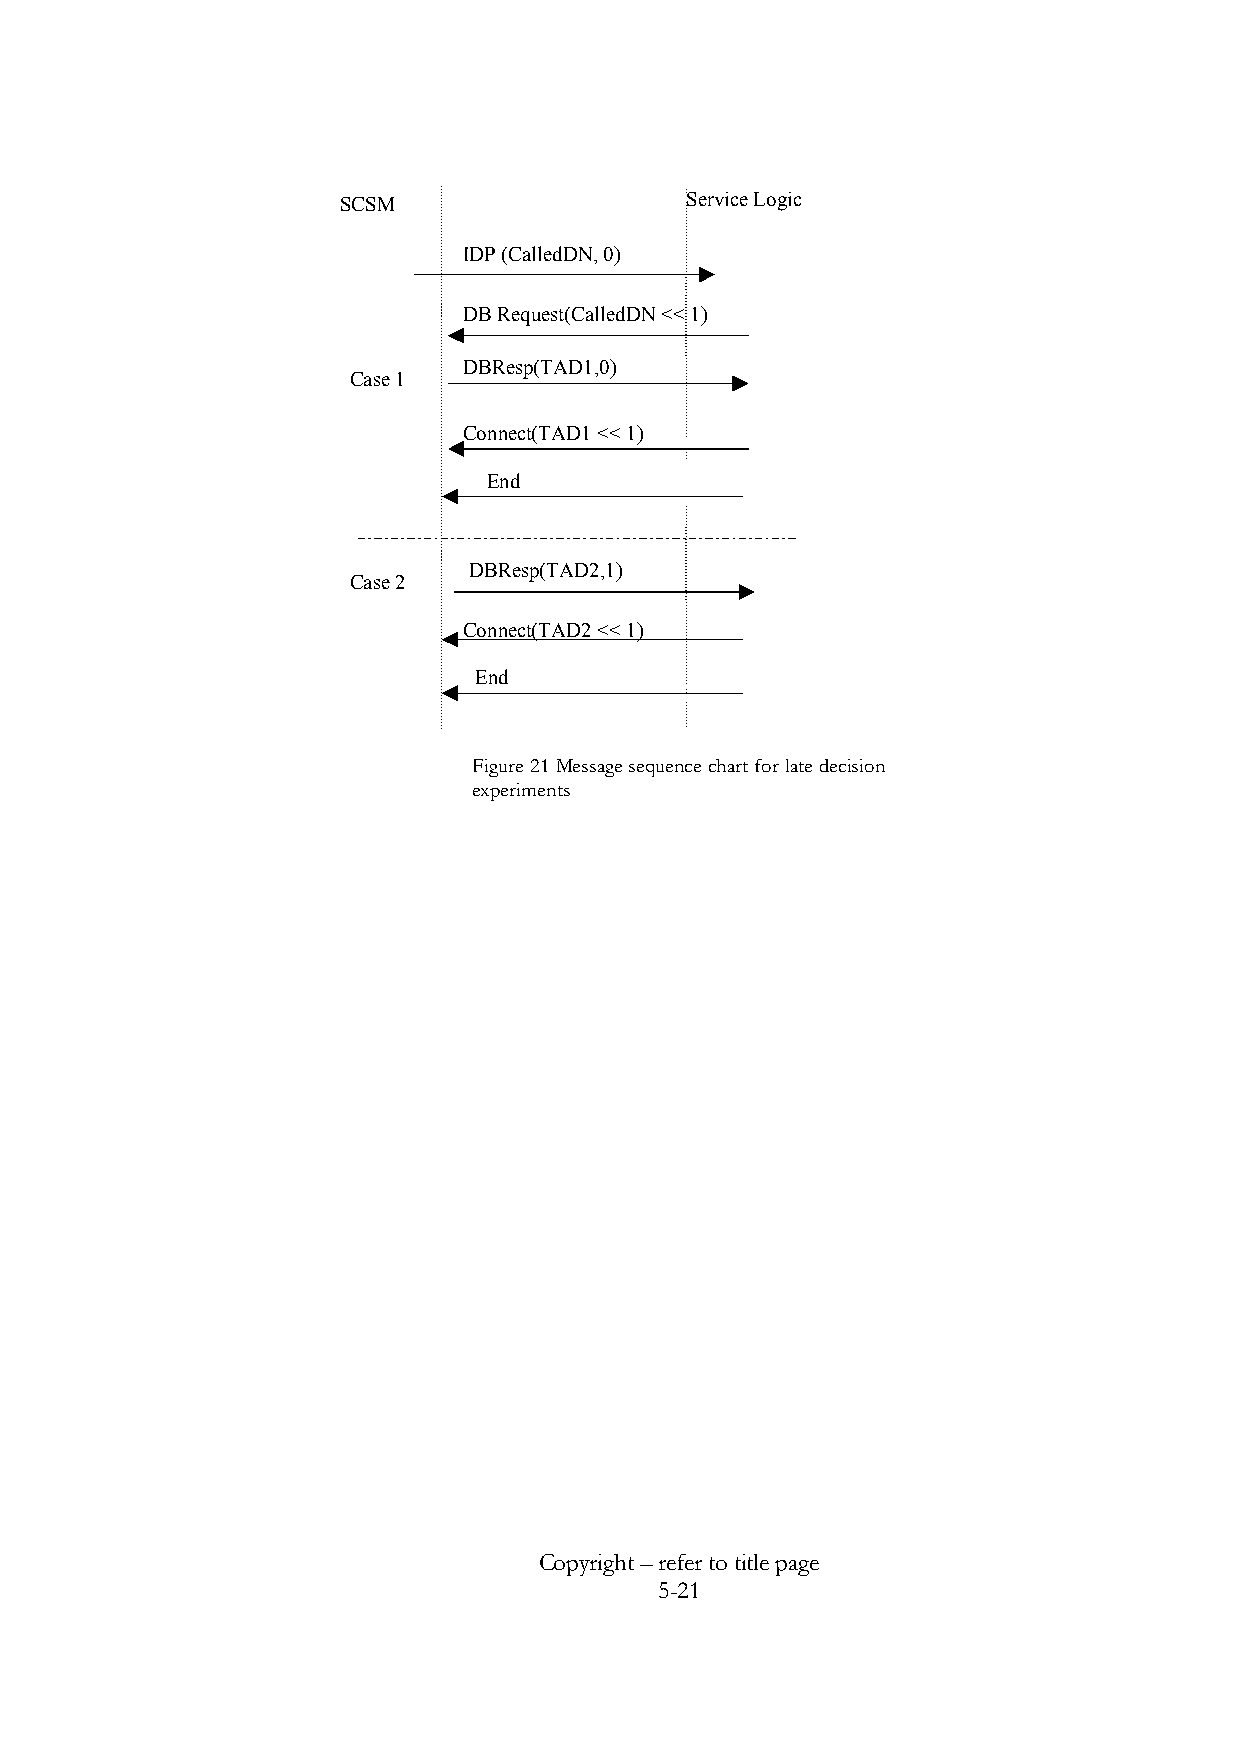
SCSM                   Service Logic
 IDP (CalledDN, 0)
 DB Request(CalledDN << 1)
 DBResp(TAD1,0)
 Case 1
 Connect(TAD1 << 1)
 End
 DBResp(TAD2,1)
 Case 2
 Connect(TAD2 << 1)
 End
 Figure 21 Message sequence chart for late decision
 experiments
 Copyright – refer to title page
 5-21